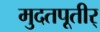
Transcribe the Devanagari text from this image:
मुदतपूतीर्